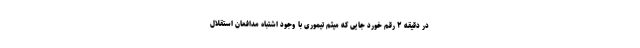
در دقیقه ۲ رقم خورد جایی که میثم تیموری با وجود اشتباه مدافعان استقلال